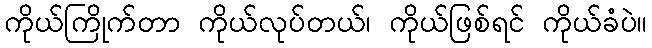
ကိုယ်ကြိုက်တာ ကိုယ်လုပ်တယ်၊ ကိုယ်ဖြစ်ရင် ကိုယ်ခံပဲ။